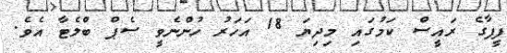
ފީފާގެ ރައީސް ކަމުގައި މިދިޔަ 18 އަހަރު ހުންނެވީ ސެޕް ބްލެޓާ އެވެ.